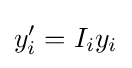
y'_{i}=I_{i}y_{i}